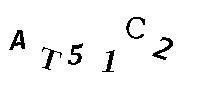
AT51C2